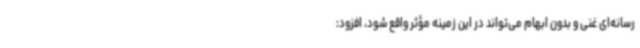
رسانه‌ای غنی و بدون ابهام می‌تواند در این زمینه مؤثر واقع شود، افزود: